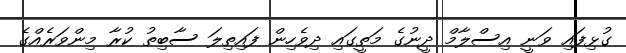
ގުޅިފައި ވަނީ އިސްލާމް ދީނުގެ މަތީގައި ދިވެހިން ފައިތިލަ ސާބިތު ކުރާ މިންވަރެއްގެ